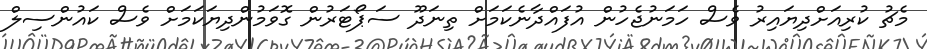
މެޗު ކުރިއަށްދިޔައިރު ވެސް ހަމަނުޖެހުން އުފައްދާނެކަމަށް ތިނަދޫ ސަޕޯޓަރުން ގޮވަމުންދިޔަކަމަށް ވެސް ކައުންސިލް